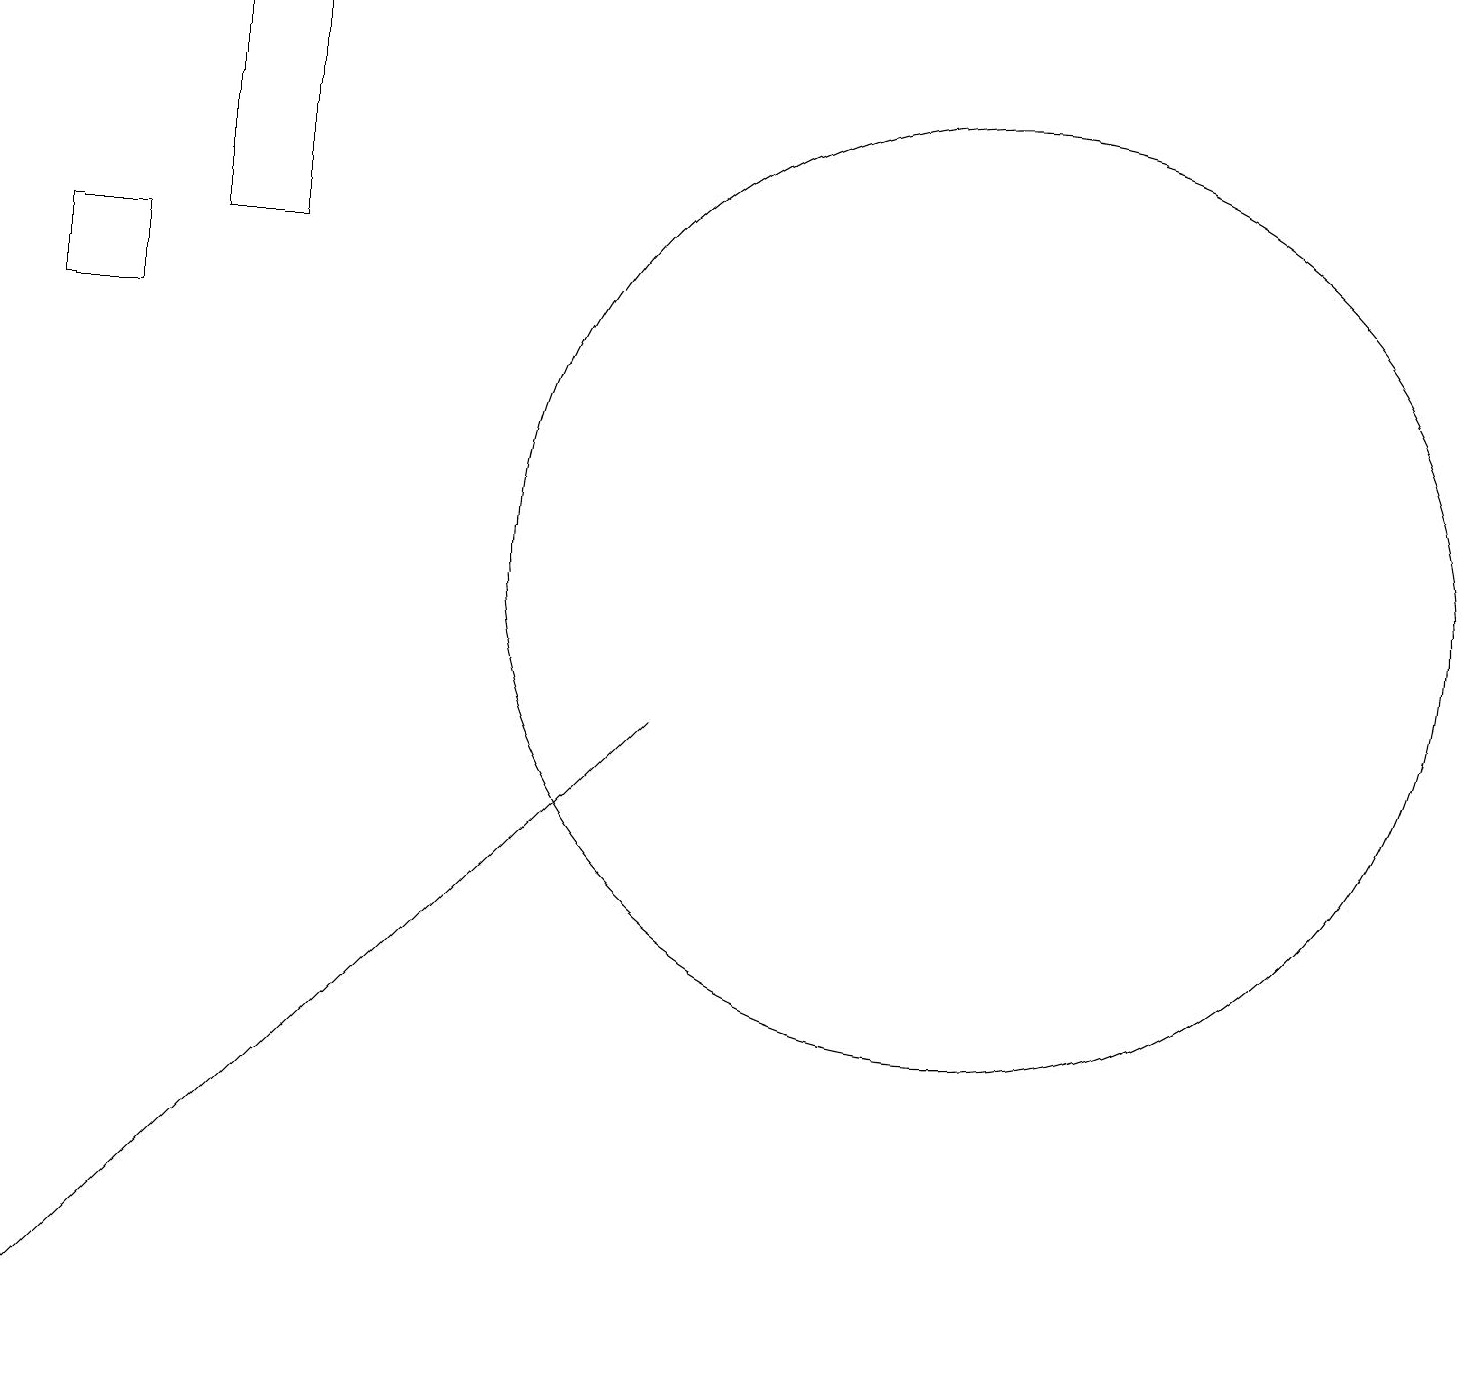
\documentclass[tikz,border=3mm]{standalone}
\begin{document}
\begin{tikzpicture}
\draw (0,15) rectangle (1,14);
\draw (12,11) circle (6);
\draw (8,9) -- (0,1) -- (0,1) -- cycle;
\draw (3,18) rectangle (2,15);
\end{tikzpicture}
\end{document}